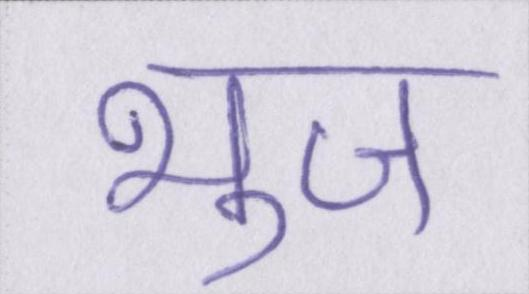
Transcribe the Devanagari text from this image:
भुज